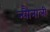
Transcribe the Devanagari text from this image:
न्यौनाली